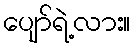
ပျော်ရဲ့လား။